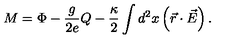
M = \Phi - { \frac { g } { 2 e } } Q - { \frac { \kappa } { 2 } } \int d ^ { 2 } x \left( \vec { r } \cdot \vec { E } \right) .